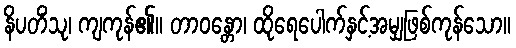
နိပတိံသု၊ ကျကုန်၏။ တာဝန္တော၊ ထိုရေပေါက်နှင့်အမျှဖြစ်ကုန်သော။